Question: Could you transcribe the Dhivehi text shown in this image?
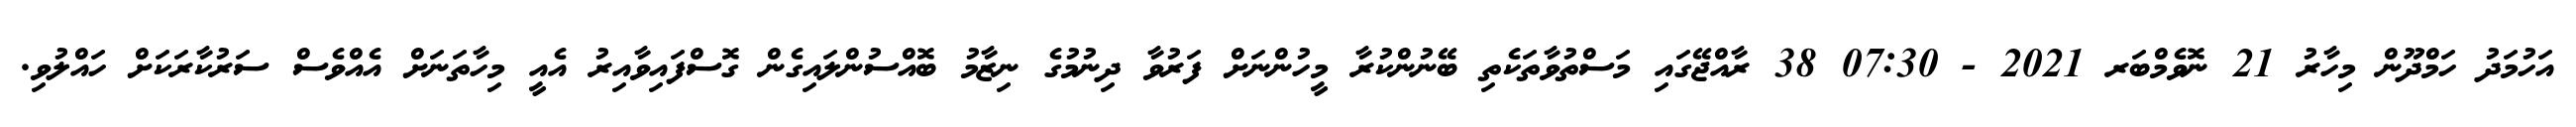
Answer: އަހުމަދު ހަމްދޫން މިހާރު 21 ނޮވެމްބަރ 2021 - 07:30 38 ރާއްޖޭގައި މަސްތުވާތަކެތި ބޭނުންކުރާ މީހުންނަށް ފަރުވާ ދިނުމުގެ ނިޒާމު ބޮއްސުންލައިގެން ގޮސްފައިވާއިރު އެއީ މިހާތަނަށް އެއްވެސް ސަރުކާރަކަށް ހައްލުވި.